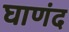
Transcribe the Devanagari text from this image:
घाणंद